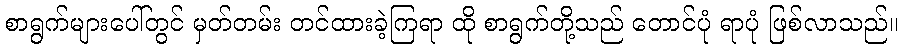
စာရွက်များပေါ်တွင် မှတ်တမ်း တင်ထားခဲ့ကြရာ ထို စာရွက်တို့သည် တောင်ပုံ ရာပုံ ဖြစ်လာသည်။